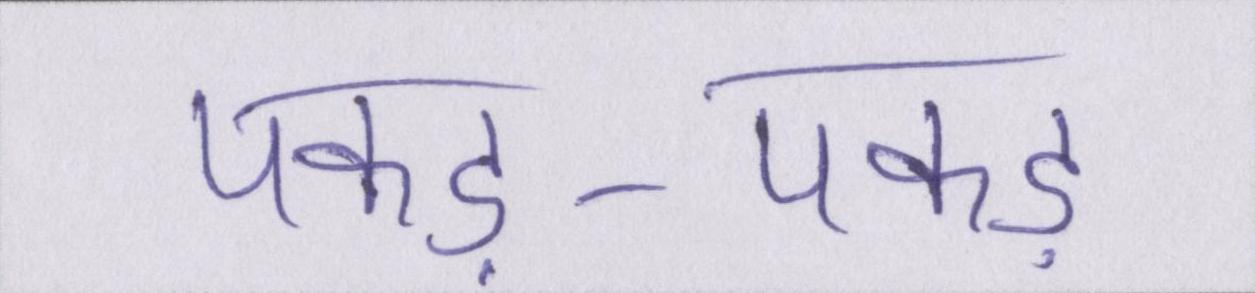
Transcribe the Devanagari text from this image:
पकड़-पकड़